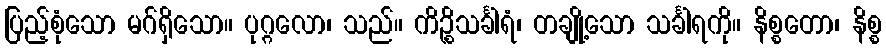
ပြည့်စုံသော မဂ်ရှိသော။ ပုဂ္ဂလော၊ သည်။ ကိဉ္စိသင်္ခါရံ၊ တချို့သော သင်္ခါရကို။ နိစ္စတော၊ နိစ္စ